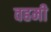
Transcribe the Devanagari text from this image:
वहमी